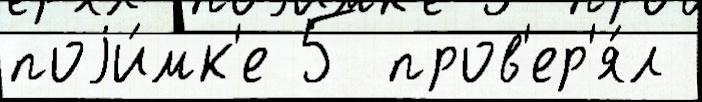
поjи́мк'е 5 пров'ер'я́л